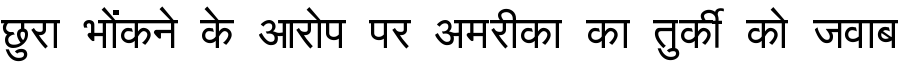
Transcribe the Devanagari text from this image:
छुरा भोंकने के आरोप पर अमरीका का तुर्की को जवाब